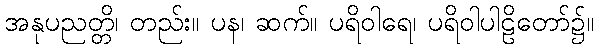
အနုပညတ္တိ၊ တည်း။ ပန၊ ဆက်။ ပရိဝါရေ၊ ပရိဝါပါဠိတော်၌။